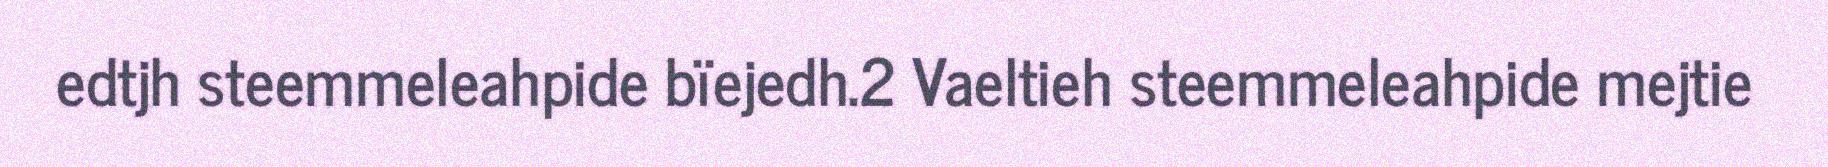
edtjh steemmeleahpide bïejedh.2 Vaeltieh steemmeleahpide mejtie